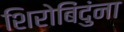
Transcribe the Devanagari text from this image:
शिरोबिंदुंना